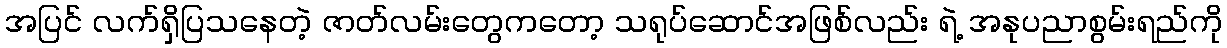
အပြင် လက်ရှိပြသနေတဲ့ ဇာတ်လမ်းတွေကတော့ သရုပ်ဆောင်အဖြစ်လည်း ရဲ့ အနုပညာစွမ်းရည်ကို